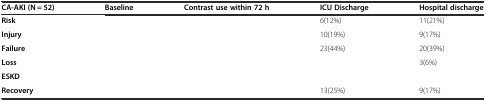
<table><thead><tr><td><b>CA-AKI (N = 52)</b></td><td><b>Baseline</b></td><td><b>Contrast use within 72 h</b></td><td><b>ICU Discharge</b></td><td><b>Hospital discharge</b></td></tr></thead><tbody><tr><td><b>Risk</b></td><td>[EMPTY_CELL]</td><td>[EMPTY_CELL]</td><td>6(12%)</td><td>11(21%)</td></tr><tr><td><b>Injury</b></td><td>[EMPTY_CELL]</td><td>[EMPTY_CELL]</td><td>10(19%)</td><td>9(17%)</td></tr><tr><td><b>Failure</b></td><td>[EMPTY_CELL]</td><td>[EMPTY_CELL]</td><td>23(44%)</td><td>20(39%)</td></tr><tr><td><b>Loss</b></td><td>[EMPTY_CELL]</td><td>[EMPTY_CELL]</td><td>[EMPTY_CELL]</td><td>3(6%)</td></tr><tr><td><b>ESKD</b></td><td>[EMPTY_CELL]</td><td>[EMPTY_CELL]</td><td>[EMPTY_CELL]</td><td>[EMPTY_CELL]</td></tr><tr><td><b>Recovery</b></td><td>[EMPTY_CELL]</td><td>[EMPTY_CELL]</td><td>13(25%)</td><td>9(17%)</td></tr></tbody></table>